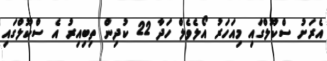
އެރަށު ސްކޫލްގައި މިއަހަރު އޯލެވެލް ހަދާ 22 ކުދިން ތިބިއިރު އެ ސްކޫލްގައި